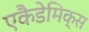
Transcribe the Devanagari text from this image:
एकैडेमिक्स